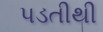
પડતીથી